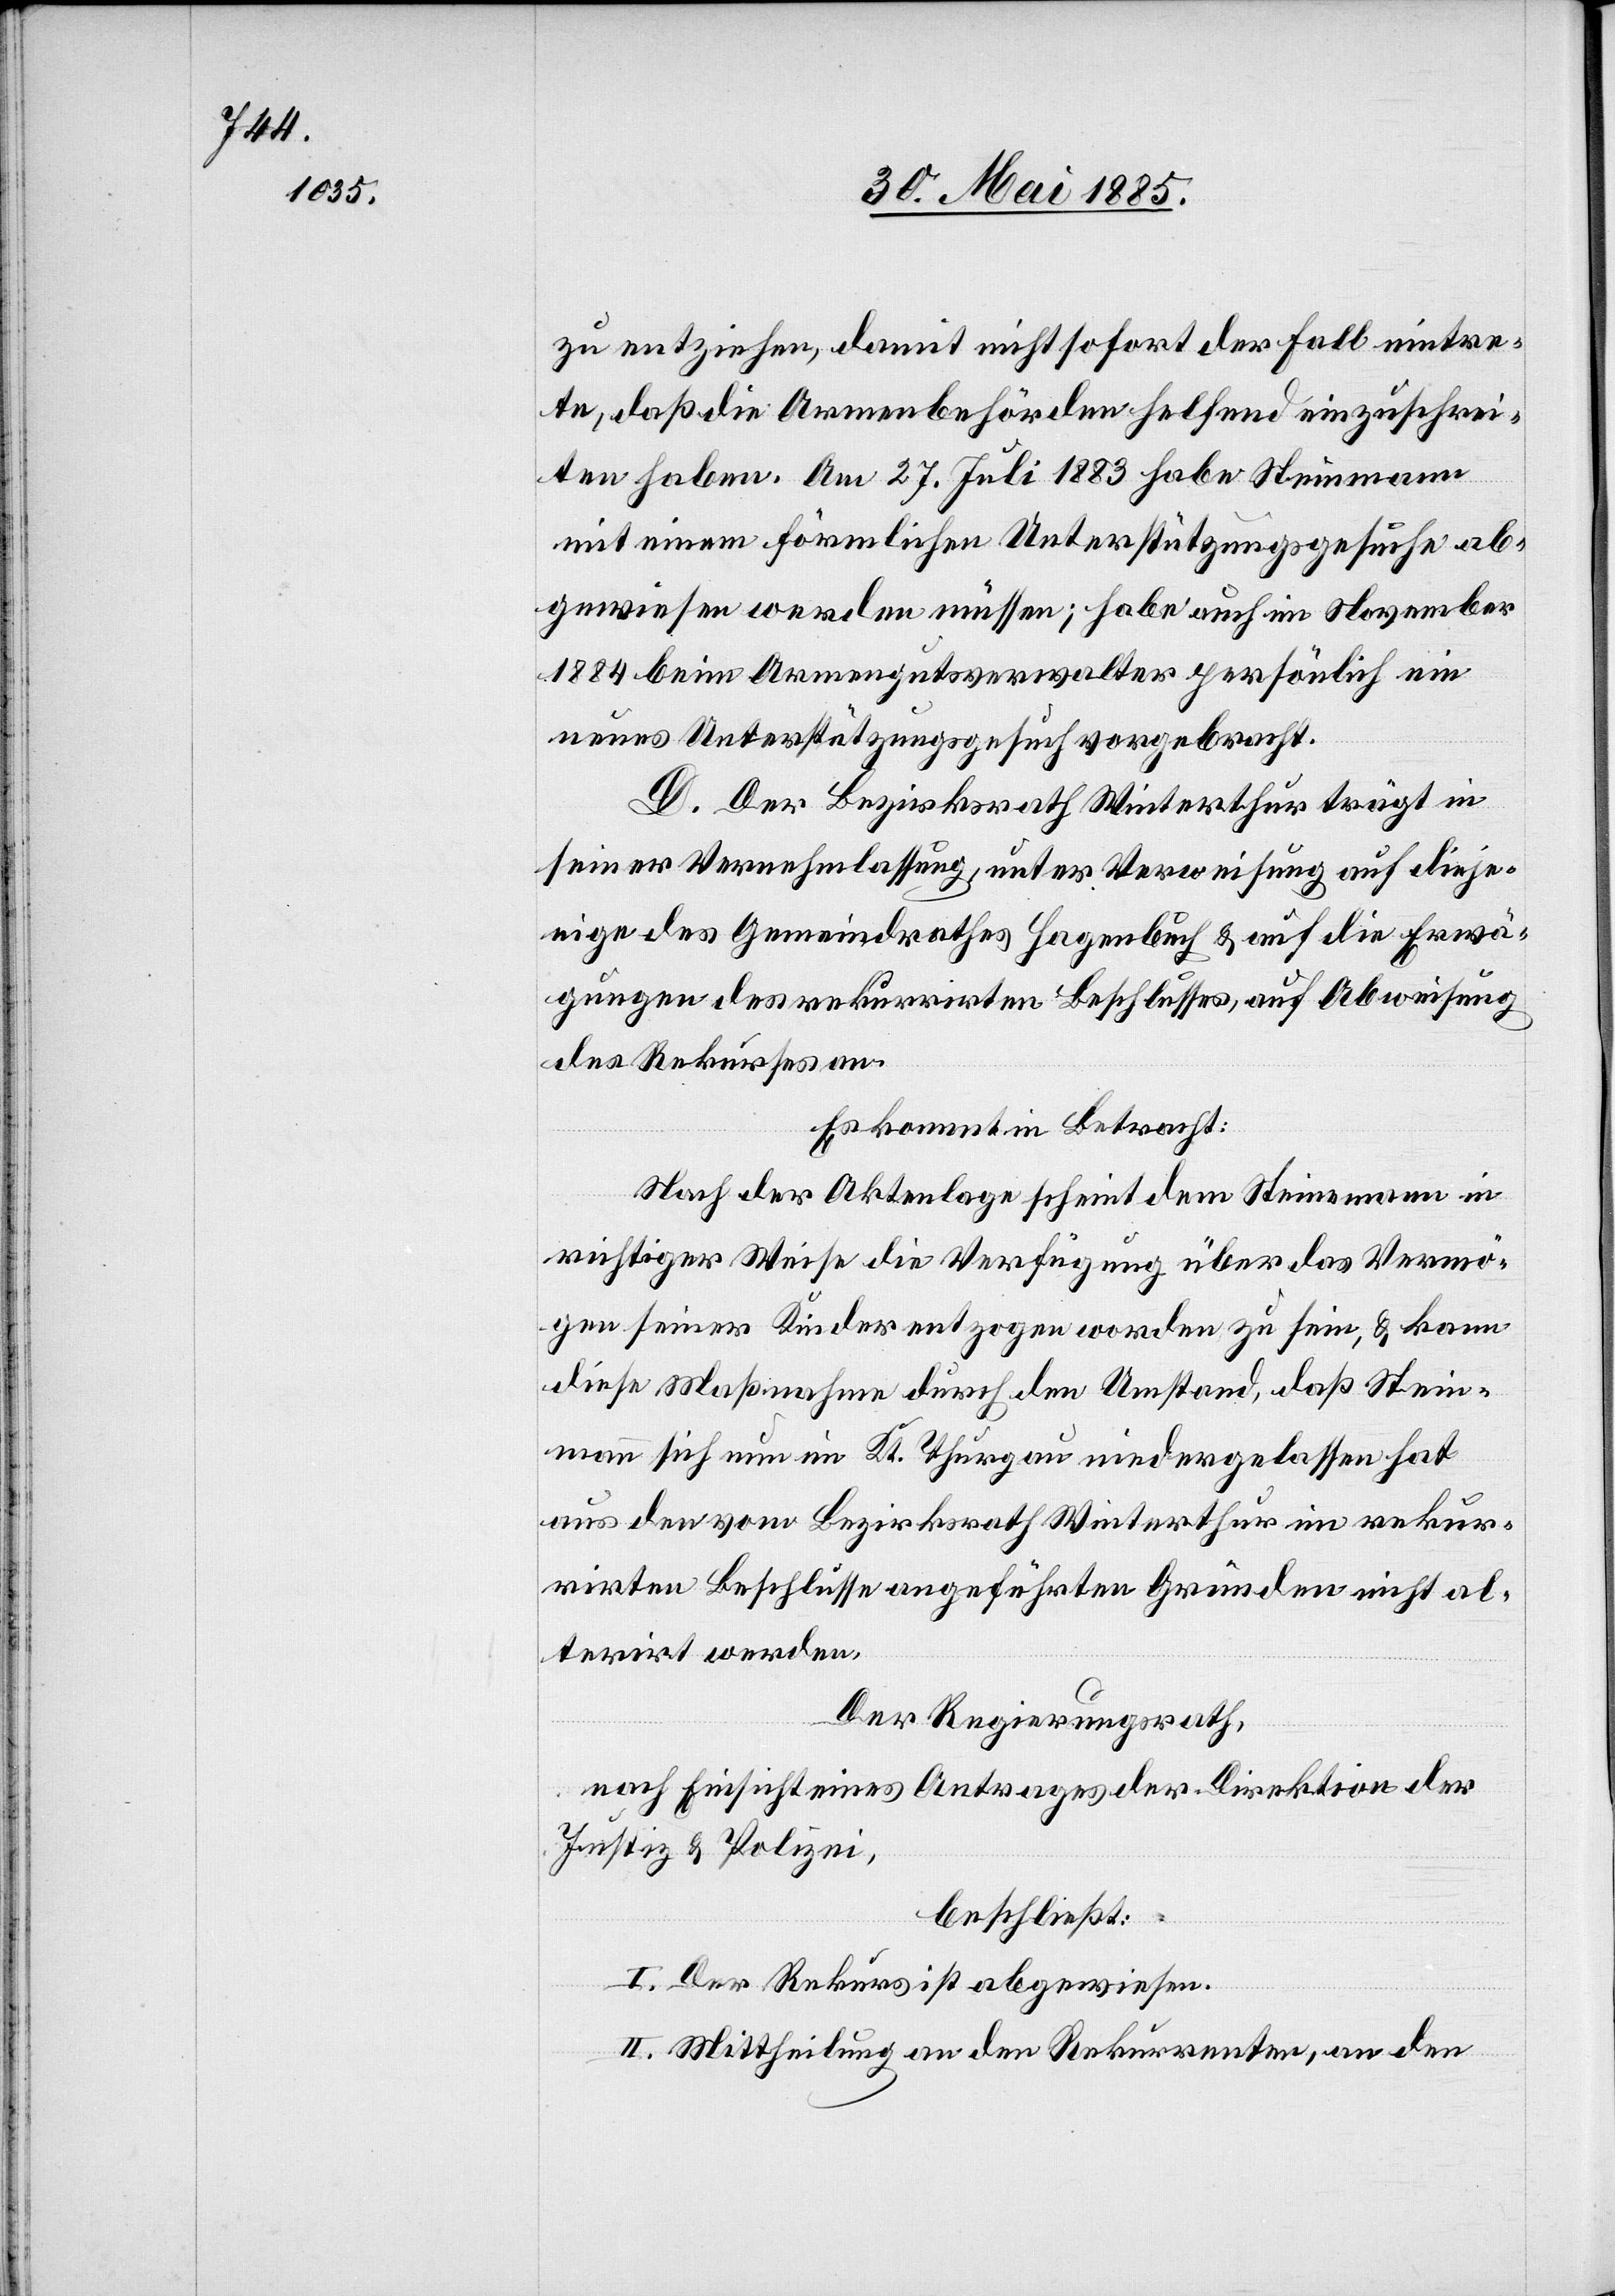
zu entziehen, damit nicht sofort der Fall eintre¬
te, daß die Armenbehörden helfend einzuschrei¬
ten haben. Am 27. Juli 1883 habe Steinmann
mit einem förmlichen Unterstützungsgesuche ab¬
gewiesen werden müssen; habe auch im November
1884 beim Armengutsverwalter persönlich ein
neues Unterstützungsgesuch vorgebracht.
D. Der Bezirksrath Winterthur trägt in
seiner Vernehmlassung, unter Verweisung auf dieje¬
nige des Gemeindrathes Hagenbuch & auf die Erwä¬
gungen des rekurrirten Beschlusses, auf Abweisung
des Rekurses an.
Es kommt in Betracht:
Nach der Aktenlage scheint dem Steinmann in
richtiger Weise die Verfügung über das Vermö¬
gen seiner Kinder entzogen worden zu sein, & kann
diese Maßnahme durch den Umstand, daß Stein¬
mann sich nun im Kt. Thurgau niedergelassen hat
aus den vom Bezirksrath Winterthur im rekur¬
rirten Beschlusse angeführten Gründen nicht al¬
terirt werden.
Der Regierungsrath,
nach Einsicht eines Antrages der Direktion der
Justiz & Polizei
beschließt:
I. Der Rekurs ist abgewiesen.
II. Mittheilung an den Rekurrenten, an den